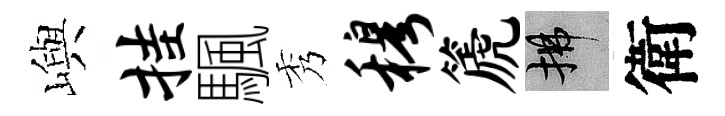
嶼挂颿秀穆篪拂衛